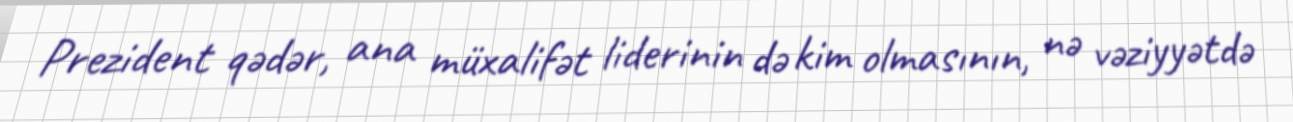
Prezident qədər, ana müxalifət liderinin də kim olmasının, nə vəziyyətdə